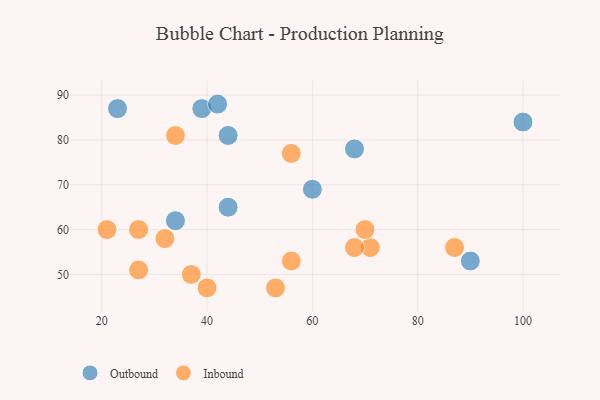
{"axis": {"x": "GDP", "y": "Life Expectancy"}, "legend": ["Inbound", "Outbound"], "data": [{"x": "39", "y": 87, "type": "Outbound"}, {"x": "90", "y": 53, "type": "Outbound"}, {"x": "100", "y": 84, "type": "Outbound"}, {"x": "34", "y": 62, "type": "Outbound"}, {"x": "23", "y": 87, "type": "Outbound"}, {"x": "60", "y": 69, "type": "Outbound"}, {"x": "68", "y": 78, "type": "Outbound"}, {"x": "44", "y": 81, "type": "Outbound"}, {"x": "44", "y": 65, "type": "Outbound"}, {"x": "42", "y": 88, "type": "Outbound"}, {"x": "71", "y": 56, "type": "Inbound"}, {"x": "56", "y": 53, "type": "Inbound"}, {"x": "27", "y": 51, "type": "Inbound"}, {"x": "53", "y": 47, "type": "Inbound"}, {"x": "32", "y": 58, "type": "Inbound"}, {"x": "40", "y": 47, "type": "Inbound"}, {"x": "70", "y": 60, "type": "Inbound"}, {"x": "87", "y": 56, "type": "Inbound"}, {"x": "37", "y": 50, "type": "Inbound"}, {"x": "21", "y": 60, "type": "Inbound"}, {"x": "68", "y": 56, "type": "Inbound"}, {"x": "56", "y": 77, "type": "Inbound"}, {"x": "27", "y": 60, "type": "Inbound"}, {"x": "34", "y": 81, "type": "Inbound"}]}